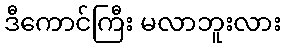
ဒီကောင်ကြီး မလာဘူးလား